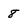
Character: 8